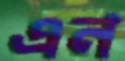
এন